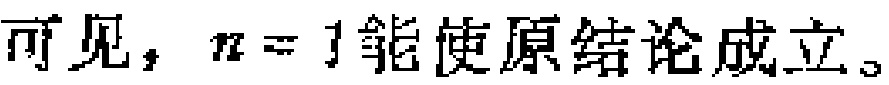
可见，\(n = 1\)能使原结论成立。